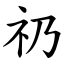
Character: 礽